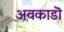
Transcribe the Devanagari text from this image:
अवकाडॊ